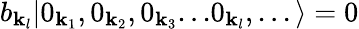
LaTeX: b_{\mathbf{k}_{l}}|0_{\mathbf{k}_{1}},0_{\mathbf{k}_{2}},0_{\mathbf{k}_{3}}...0_{\mathbf{k}_{l}},...\rangle=0